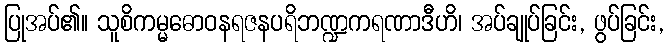
ပြုအပ်၏။ သူစိကမ္မဓောဝနရဇနပရိဘဏ္ဍကရဏာဒီဟိ၊ အပ်ချုပ်ခြင်း, ဖွပ်ခြင်း,